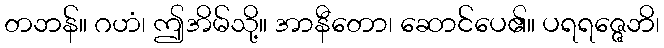
တဘန်။ ဂဟံ၊ ဤအိမ်သို့။ အာနီတော၊ ဆောင်ပေ၏။ ပရရဇ္ဇေဘိ၊